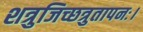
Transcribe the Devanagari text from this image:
शत्रुजिच्छत्रुतापनः।